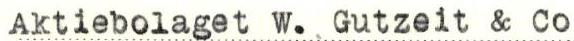
Aktiebolaget W. Gutzeit & Co